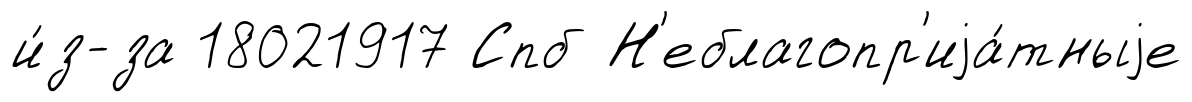
и́з-за 18021917 Спб Н'еблагопр'иjа́тныjе